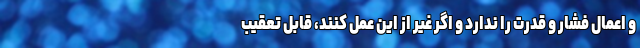
و اعمال فشار و قدرت را ندارد و اگر غیر از این عمل کنند، قابل تعقیب